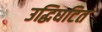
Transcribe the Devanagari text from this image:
उद्धिघटित